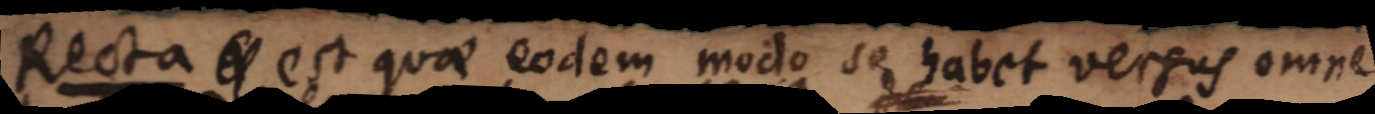
Recta est quae eodem modo se habet versus omne